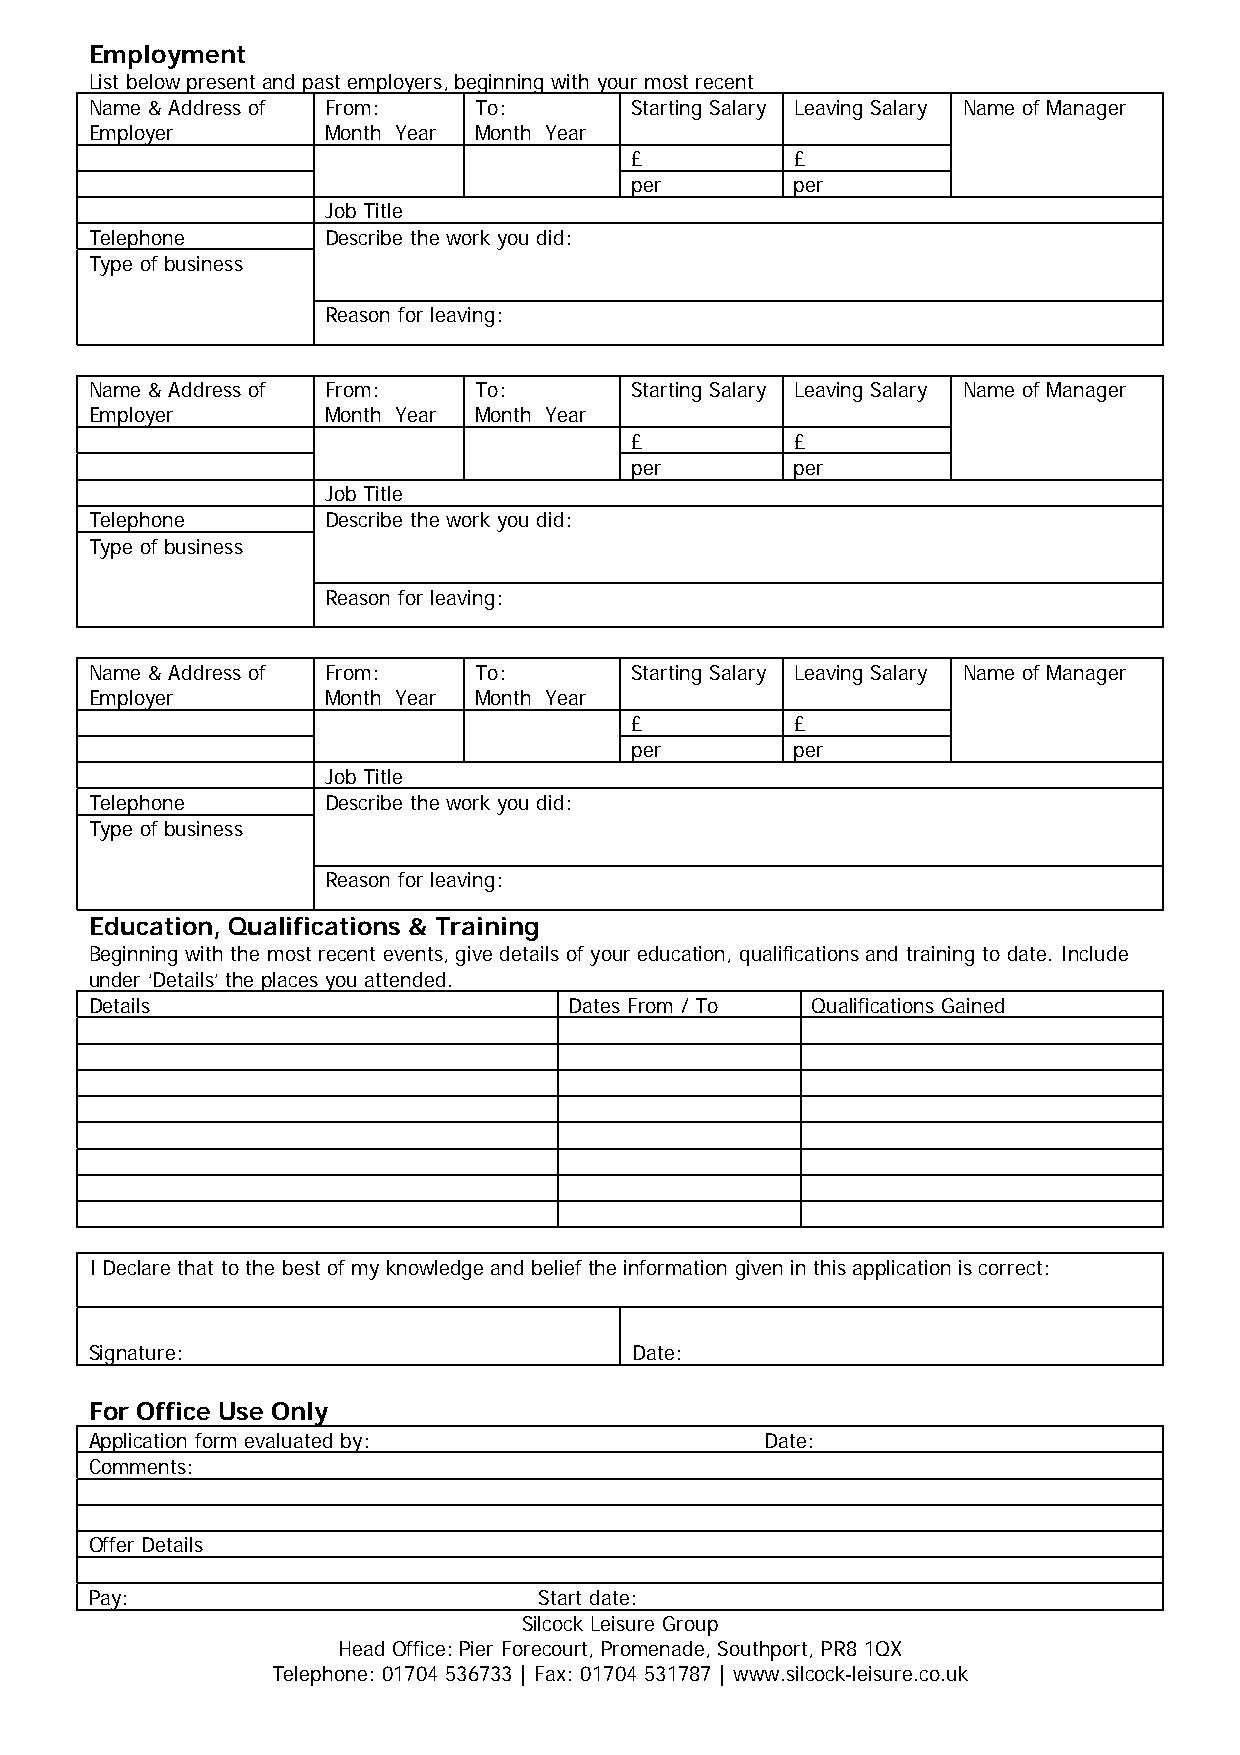
Employment
 List below present and past employers, beginning with your most recent
 Name & Address of From:  To:        Starting Salary Leaving Salary Name of Manager
 Employer        Month Year Month Year
 £          £
 per        per
 Job Title
 Telephone       Describe the work you did:
 Type of business
 Reason for leaving:
 Name & Address of From:  To:        Starting Salary Leaving Salary Name of Manager
 Employer        Month Year Month Year
 £          £
 per        per
 Job Title
 Telephone       Describe the work you did:
 Type of business
 Reason for leaving:
 Name & Address of From:  To:        Starting Salary Leaving Salary Name of Manager
 Employer        Month Year Month Year
 £          £
 per        per
 Job Title
 Telephone       Describe the work you did:
 Type of business
 Reason for leaving:
 Education, Qualifications & Training
 Beginning with the most recent events, give details of your education, qualifications and training to date. Include
 under ‘Details’ the places you attended.
 Details                         Dates From / To Qualifications Gained
 I Declare that to the best of my knowledge and belief the information given in this application is correct:
 Signature:                          Date:
 For Office Use Only
 Application form evaluated by:               Date:
 Comments:
 Offer Details
 Pay:                          Start date:
 Silcock Leisure Group
 Head Office: Pier Forecourt, Promenade, Southport, PR8 1QX
 Telephone: 01704 536733 | Fax: 01704 531787 | www.silcock-leisure.co.uk